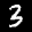
Label: 3